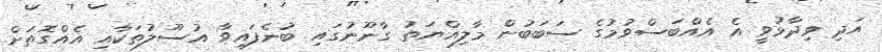
އަދި ވިދާޅުވީ އެ އެއްބަސްވުމުގެ ސަބަބުން މާލިއްޔަތު ގާނޫނުގައި ބުނެފައިވާ އުސޫލުތަކާއި އެއްގޮތަށް